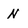
Character: N